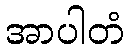
အာပါတံ